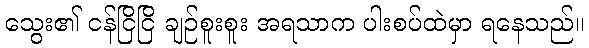
သွေး၏ ငန်ငြိငြိ ချဉ်စူးစူး အရသာက ပါးစပ်ထဲမှာ ရနေသည်။